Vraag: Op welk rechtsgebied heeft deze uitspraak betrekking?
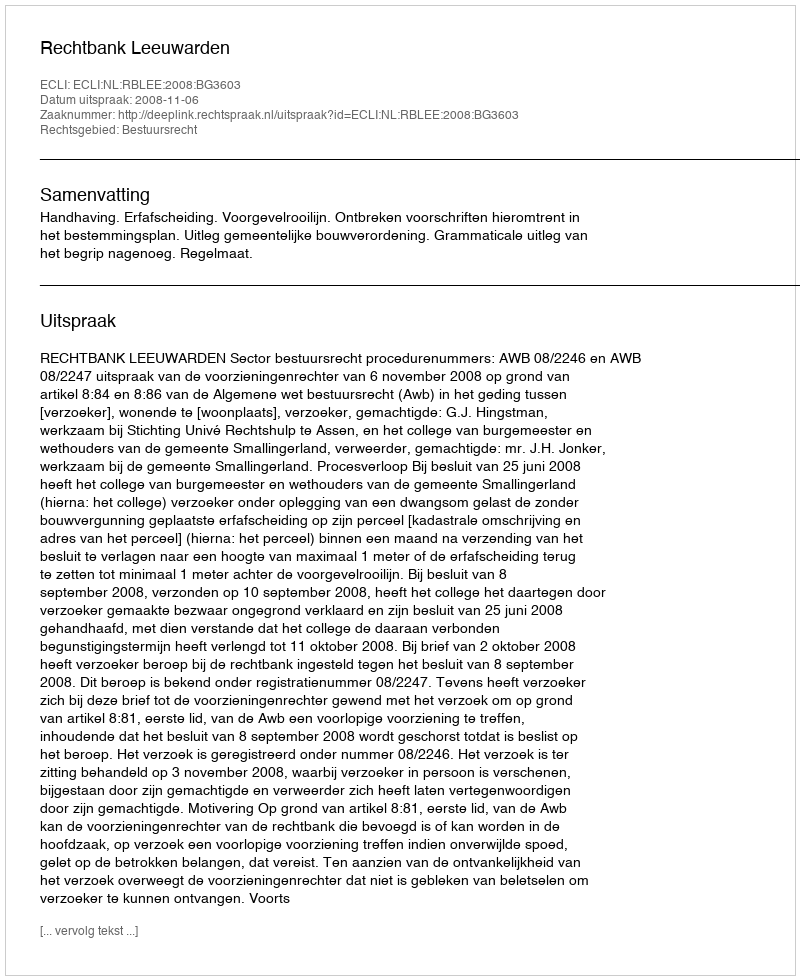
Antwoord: Bestuursrecht